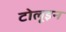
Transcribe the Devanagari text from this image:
टोलूइन